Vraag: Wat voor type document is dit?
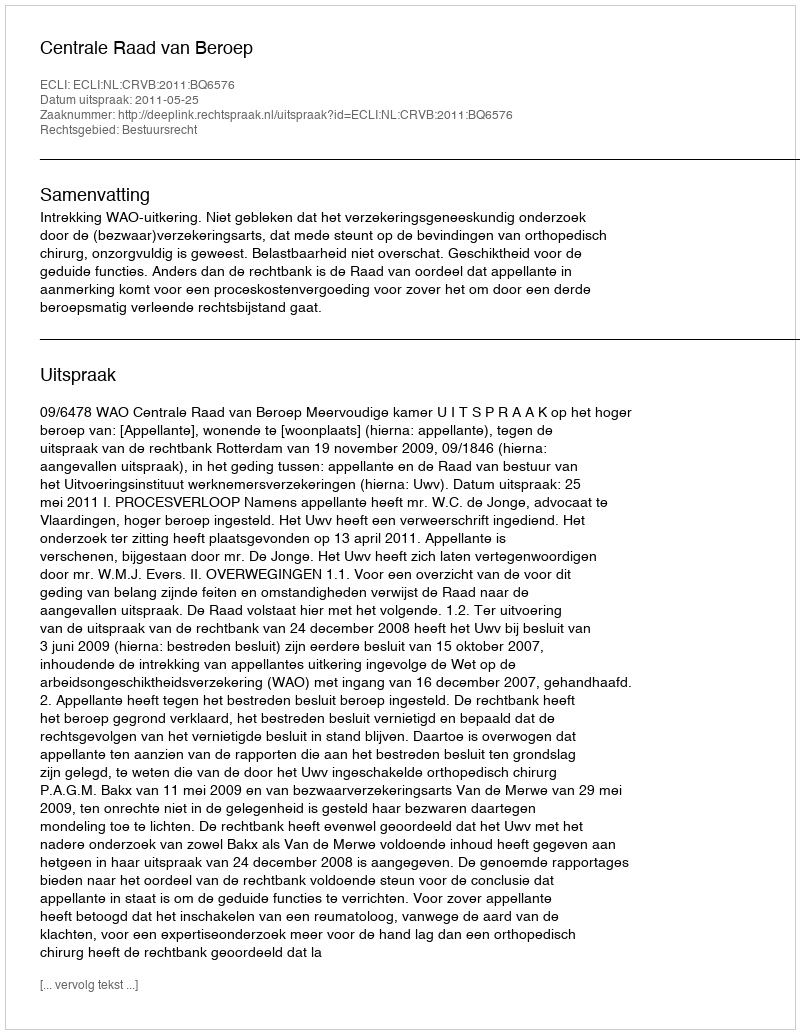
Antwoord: Uitspraak